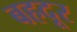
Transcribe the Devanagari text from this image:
बहदूर